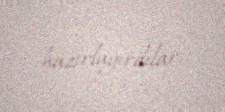
hazırlayırdılar.